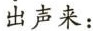
出声来：